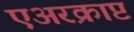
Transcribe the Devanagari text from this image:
एअरक्राप्ट